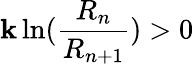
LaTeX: \mathbf{k}\ln({\frac{{R_{n}}}{{R_{n+1}}}})>0